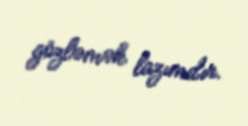
gözləmək lazımdır.